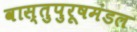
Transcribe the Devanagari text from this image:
वास्तुपुरूषमंडल